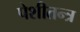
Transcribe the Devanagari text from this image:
पेशीतन्त्र